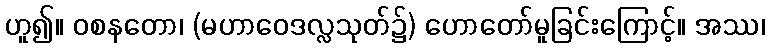
ဟူ၍။ ဝစနတော၊ (မဟာဝေဒလ္လသုတ်၌) ဟောတော်မူခြင်းကြောင့်။ အဿ၊